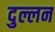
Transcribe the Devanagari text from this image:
दुल्लन